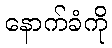
နောက်ခံကို